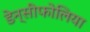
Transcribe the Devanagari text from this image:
डेन्सीफोलिया